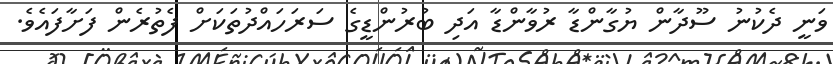
ވަނީ ދެކުނު ސޫދާން ޔުގާންޑާ ރުވާންޑާ އަދި ބުރުންޑީގެ ސަރަހައްދުތަކަށް ފެތުރެން ފަށާފައެވެ.